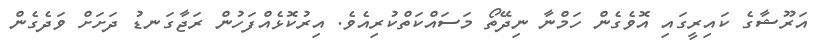
އަރޫޝާގެ ކައިރީގައި އޮވެގެން ހަމްނާ ނިދޭތޯ މަސައްކަތްކުރިއެވެ. އިރުކޮޅެއްފަހުން ރަޖާގަނޑު ދަށަށް ވަދެގެން